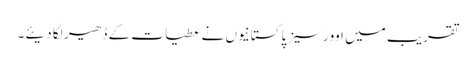
تقریب میں اوورسیز پاکستانیوں نے عطیات کے ڈھیر لگا دیئے۔